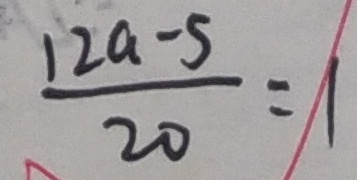
\frac { 1 2 a - 5 } { 2 0 } = 1